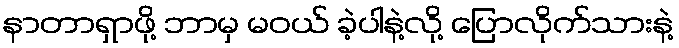
နာတာရှာဖို့ ဘာမှ မဝယ် ခဲ့ပါနဲ့လို့ ပြောလိုက်သားနဲ့